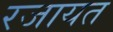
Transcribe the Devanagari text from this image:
रजायत